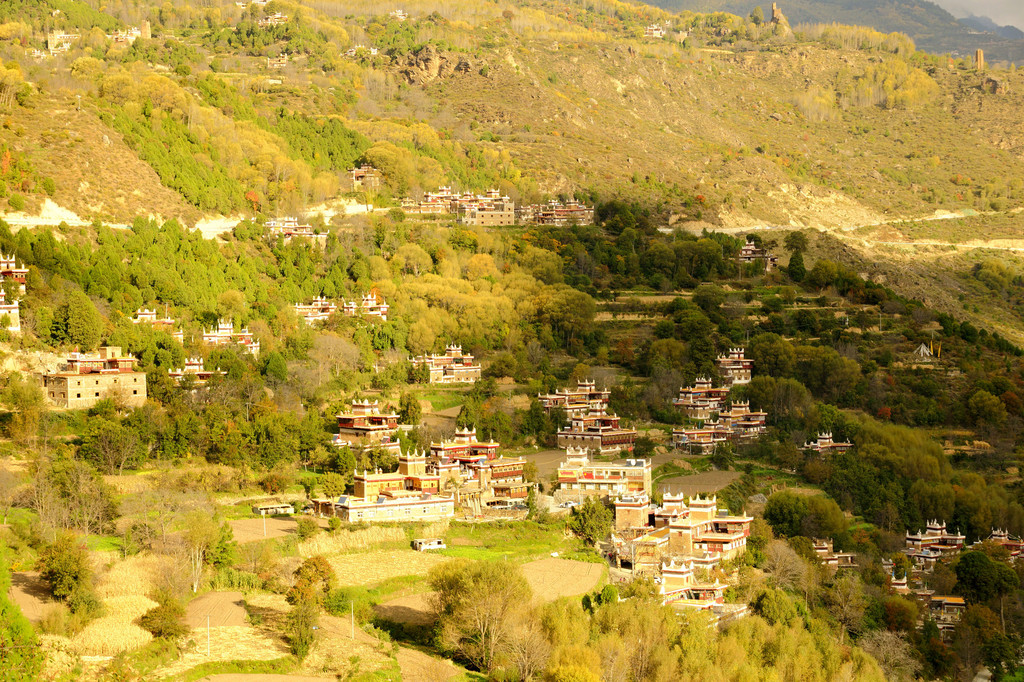
山下孤烟远村，天边独树高原。